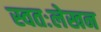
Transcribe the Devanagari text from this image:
स्वतःलेखन